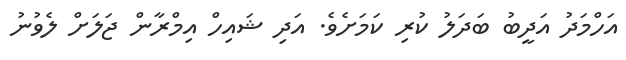
އަހްމަދު އަދީބު ބަދަލު ކުރި ކަމަށެވެ. އަދި ޝައިހް އިމްރާން ޖަލަށް ލެވުނު